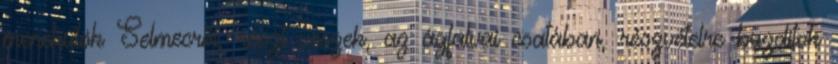
menekülök Selmecről, részt veszek, az ágfalvai csatában, részvételre buzdítok